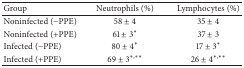
| Group | Neutrophils (%) | Lymphocytes (%) |
 | --- | --- | --- |
 | Noninfected (−PPE) | 58 ± 4 | 35 ± 4 |
 | Noninfected (+PPE) | 61 ± 3* | 37 ± 3 |
 | Infected (−PPE) | 80 ± 4* | 17 ± 3* |
 | Infected (+PPE) | 69 ± 3∗,∗∗ | 26 ± 4∗,∗∗ |